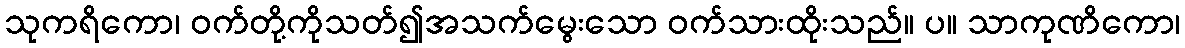
သုကရိကော၊ ဝက်တို့ကိုသတ်၍အသက်မွေးသော ဝက်သားထိုးသည်။ ပ။ သာကုဏိကော၊